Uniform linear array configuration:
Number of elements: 64
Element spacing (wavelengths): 1
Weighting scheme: kaiser
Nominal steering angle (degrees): -60
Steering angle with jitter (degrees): -60.288
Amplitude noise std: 0.05
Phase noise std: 0.05

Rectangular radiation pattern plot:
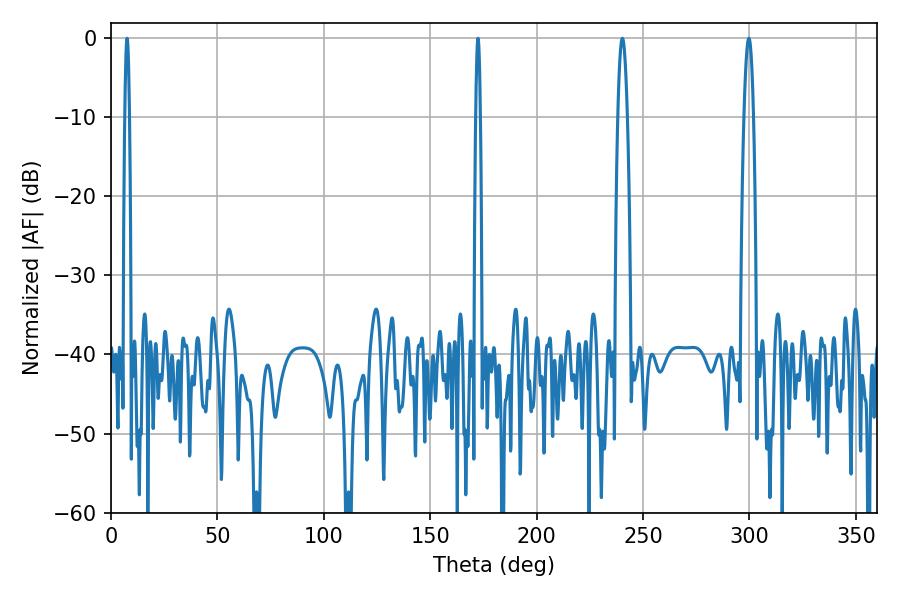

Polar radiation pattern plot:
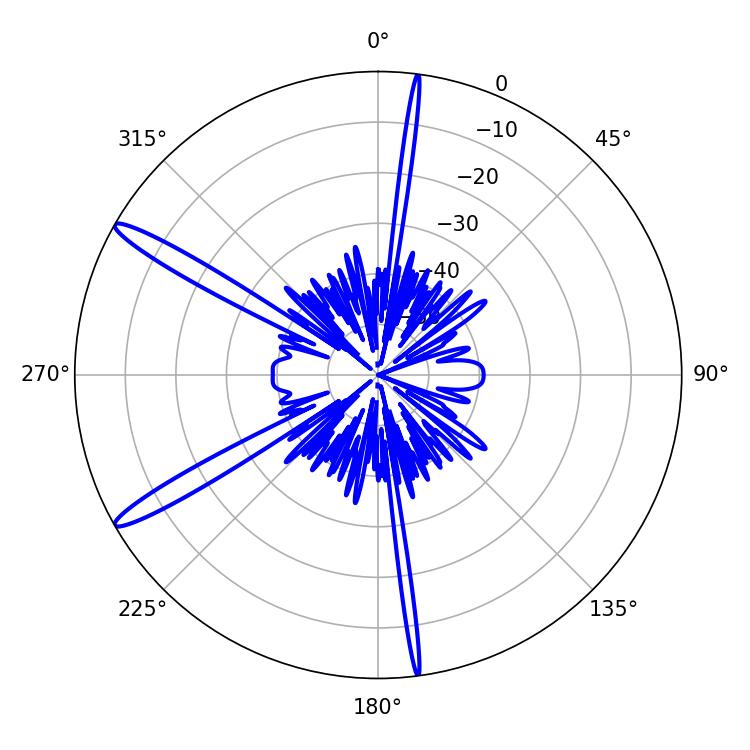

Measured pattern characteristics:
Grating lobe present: TRUE
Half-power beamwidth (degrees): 1.08
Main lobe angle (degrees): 172.44